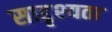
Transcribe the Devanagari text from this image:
साद्दृश्यता